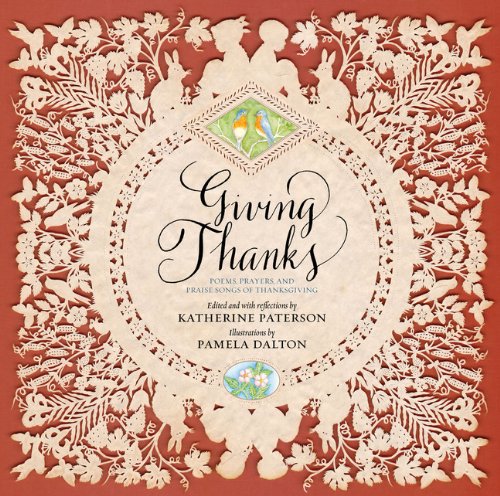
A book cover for Giving Thanks: Poems, Prayers, and Praise Songs of Thanksgiving; Children's Books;